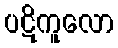
ပဋိကူလော